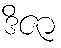
ဒိဇာ